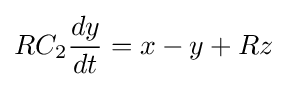
RC_{2}{\frac {dy}{dt}}=x-y+Rz